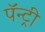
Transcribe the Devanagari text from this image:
पॅन्ट्री